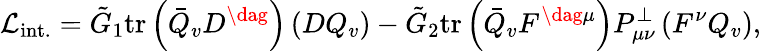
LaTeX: {\cal L}_{\mathrm{int.}}=\tilde{G}_{1}\mathrm{tr}\left(\bar{Q}_{v}D^{\dag}\right)\left(DQ_{v}\right)-\tilde{G}_{2}\mathrm{tr}\left(\bar{Q}_{v}F^{\dag\mu}\right)P_{\mu\nu}^{\perp}\left(F^{\nu}Q_{v}\right),